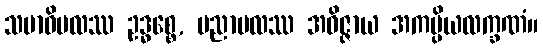
သမာဓိဗလဿ ဥဒ္ဓစ္စေ, ပညာဗလဿ အဝိဇ္ဇာယ အကမ္ပိယလက္ခဏံ။